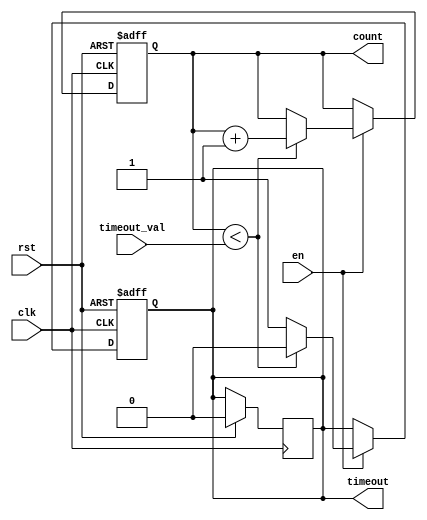
module timeout_counter (
    input wire clk,               // Clock input
    input wire rst,               // Asynchronous reset
    input wire en,                // Enable signal
    input wire [15:0] timeout_val, // Configurable time-out value
    output reg timeout,           // Time-Out signal
    output reg [15:0] count       // Current counter value
);

    // Synchronous reset and counter increment
    always @(posedge clk or posedge rst) begin
        if (rst) begin
            count <= 16'b0;        // Reset counter to zero
            timeout <= 1'b0;       // Deassert time-out signal
        end else if (en) begin
            if (count < timeout_val) begin
                count <= count + 1; // Increment counter
                timeout <= 1'b0;     // Deassert time-out signal
            end else begin
                timeout <= 1'b1;     // Assert time-out signal
            end
        end
    end

    // Ensure timeout signal is deasserted when count is reset
    always @(posedge clk) begin
        if (rst) begin
            timeout <= 1'b0;         // Deassert time-out signal on reset
        end else if (count >= timeout_val) begin
            // timeout remains asserted until reset
        end
    end

endmodule